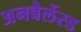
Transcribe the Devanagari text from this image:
अनबैलेंस्ड